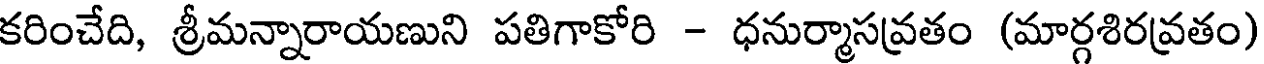
కరించేది, శ్రీమన్నారాయణుని పతిగాకోరి - ధనుర్మాసవ్రతం (మార్గశిరవ్రతం)